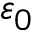
\varepsilon _ { 0 }